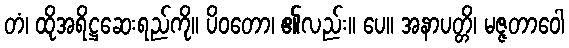
တံ၊ ထိုအရိဋ္ဌဆေးရည်ကို။ ပိဝတော၊ ၏လည်း။ ပေ။ အနာပတ္တိ၊ မဇ္ဇတာဝေါ